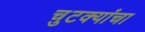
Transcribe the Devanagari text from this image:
चुटक्यांचा